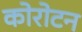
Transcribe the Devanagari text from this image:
कोरोटन